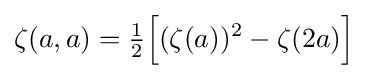
\zeta (a,a)={\tfrac {1}{2}}{\Big [}(\zeta (a))^{2}-\zeta (2a){\Big ]}